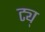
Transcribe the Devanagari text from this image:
ट्य्